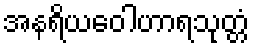
အနရိယဝေါဟာရသုတ္တံ